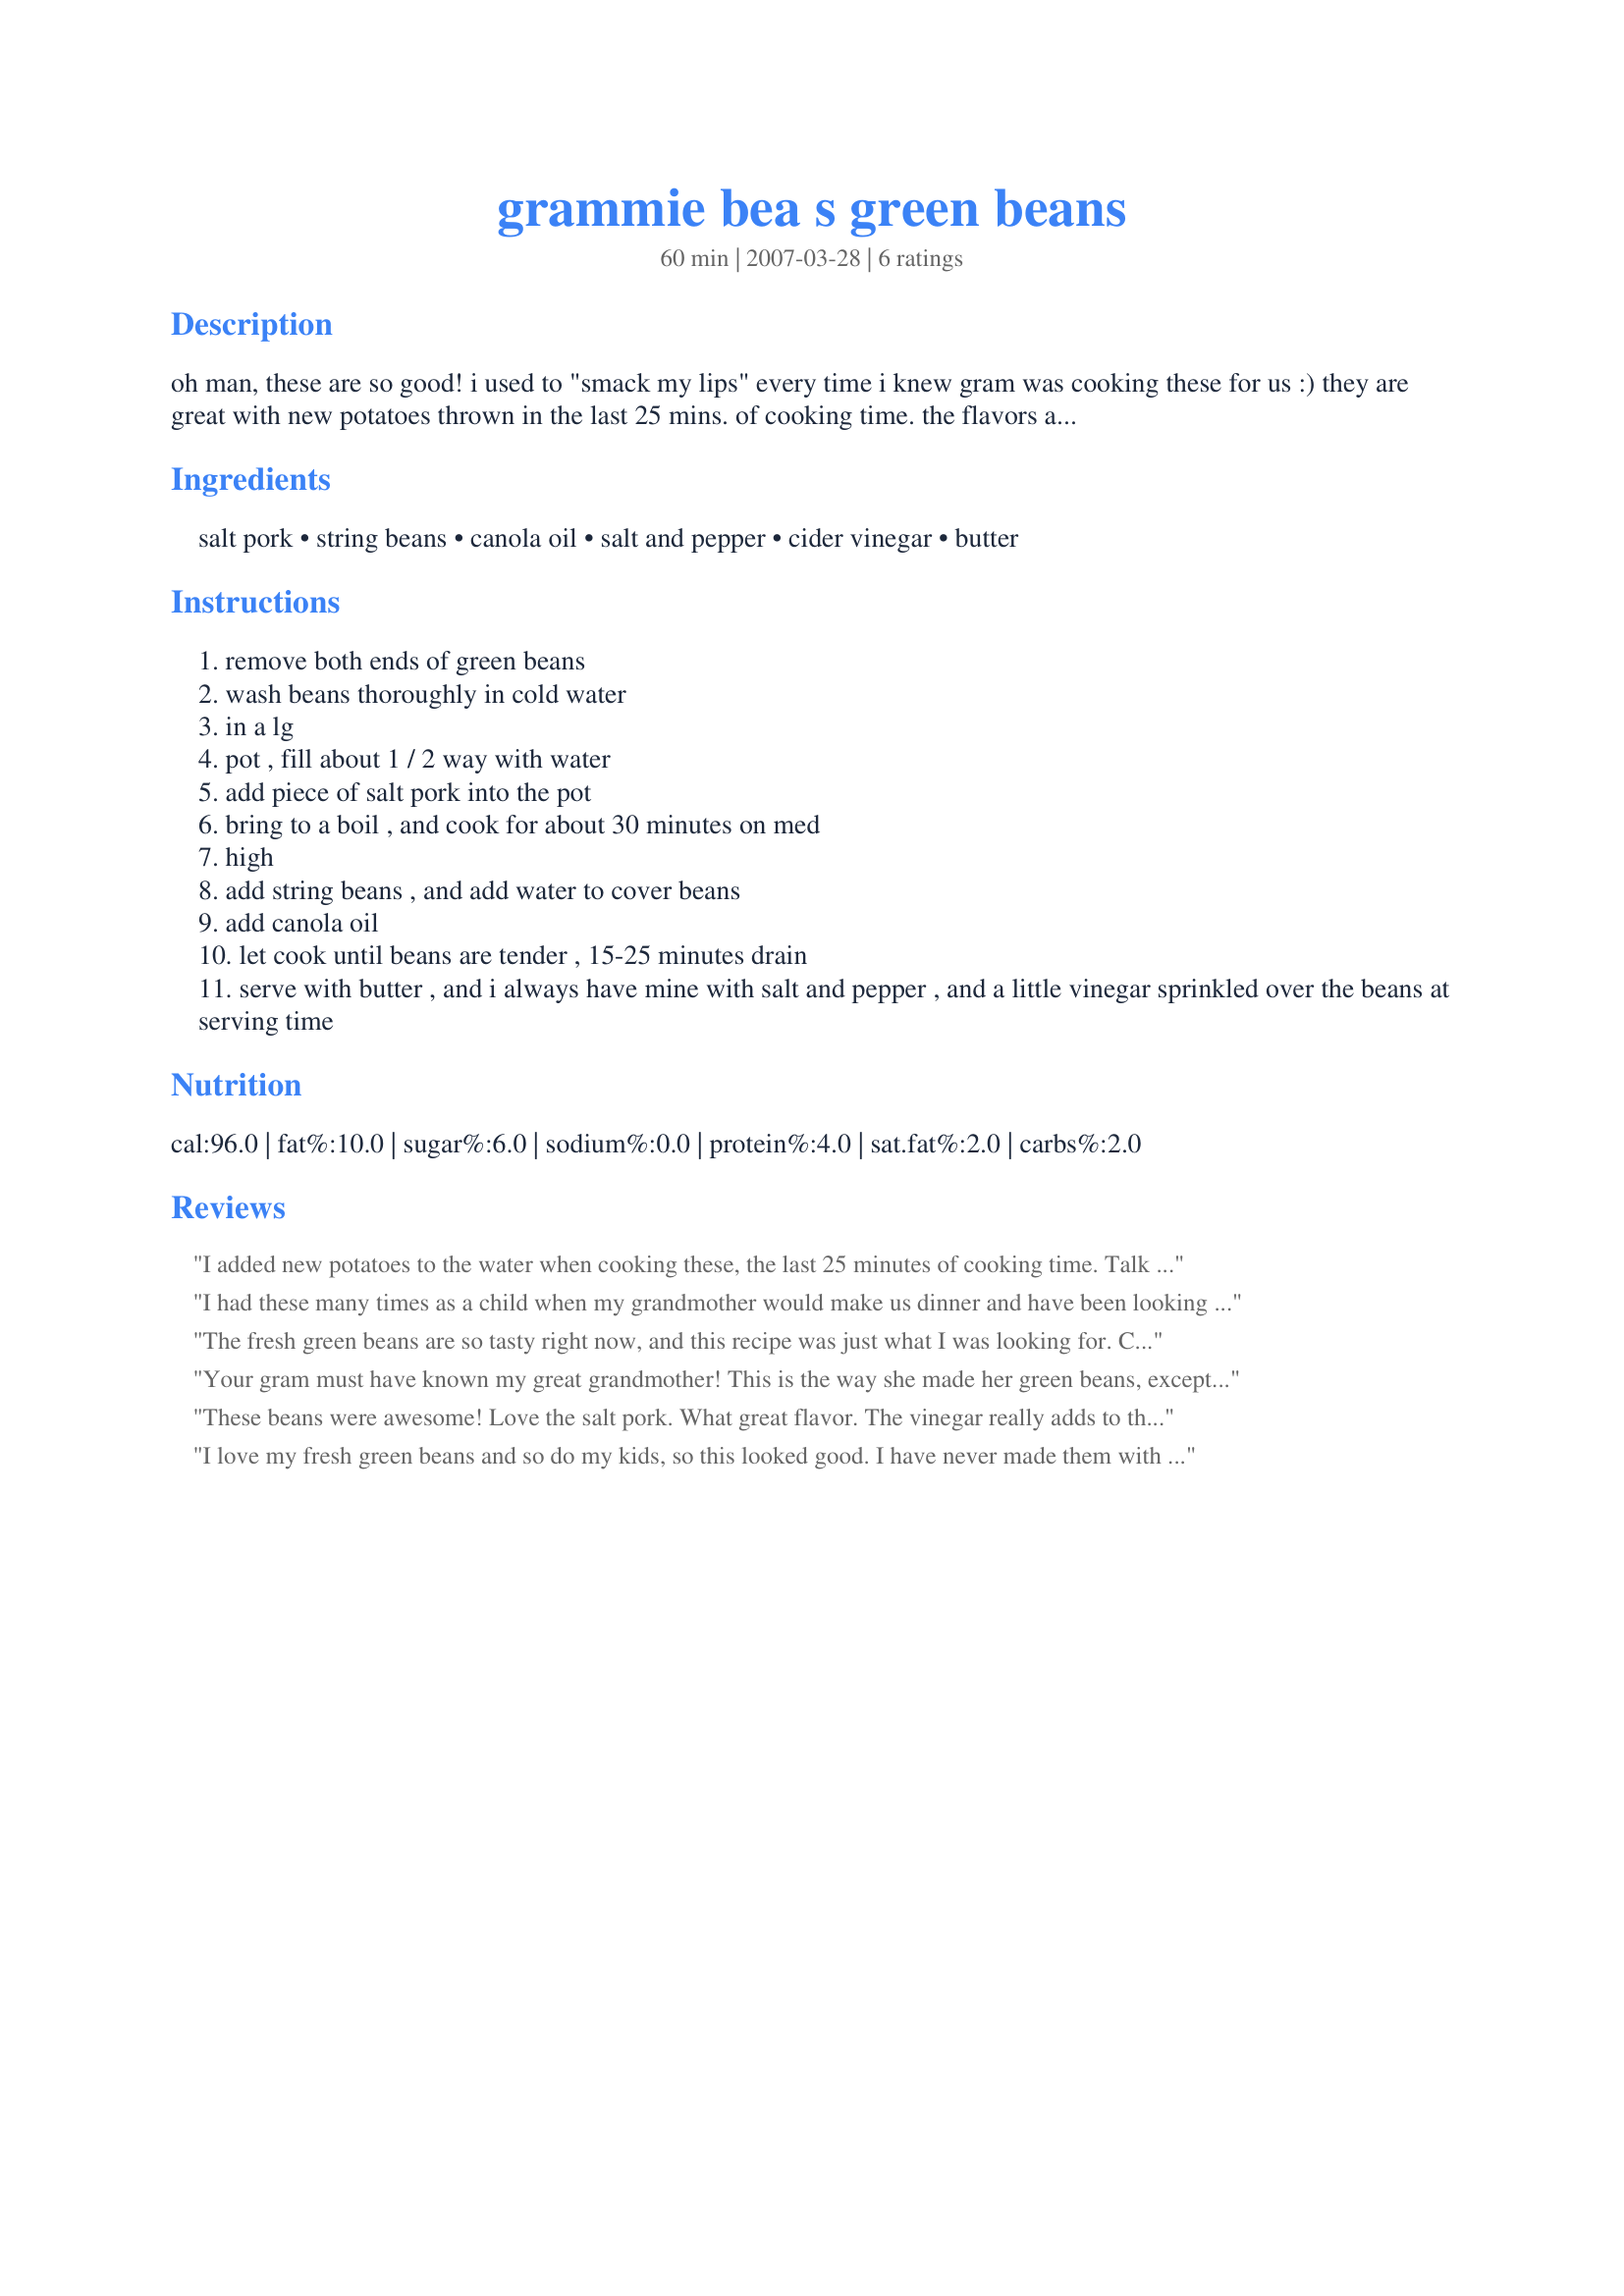
grammie bea s green beans
Preparation time: 60 minutes

oh man, these are so good! i used to "smack my lips" every time i knew gram was cooking these for us :) they are great with new potatoes thrown in the last 25 mins. of cooking time. the flavors are great..doesn't get any better than this!

Ingredients:
salt pork, string beans, canola oil, salt and pepper, cider vinegar, butter

Steps:
remove both ends of green beans
wash beans thoroughly in cold water
in a lg
pot , fill about 1 / 2 way with water
add piece of salt pork into the pot
bring to a boil , and cook for about 30 minutes on med
high
add string beans , and add water to cover beans
add canola oil
let cook until beans are tender , 15-25 minutes drain
serve with butter , and i always have mine with salt and pepper , and a little vinegar sprinkled over the beans at serving time

Reviews:
I added new potatoes to the water when cooking these, the last 25 minutes of cooking time. Talk about flavored green beans and taters, these were a nice addition to our baked chicken dinner! They are so good when you use fresh veggies right out of the garden, which is what I did. The salt pork flavored the beans and taters and they were so good we ate them all at one sitting and there was only 2 of us! DW says I can make them for her anytime. Thank you for this one Linda! Tony
I had these many times as a child when my grandmother would make us dinner and have been looking for this recipe for years! The beans came out wonderfully flavored and so tender! They went great with our Meatloaf dinner, and now that I found this recipe I will be making them every chance I get! We loved the addition of the vinegar. Just plain yummy! DH had 3 servings, grinning at me each time too! Next time I might put in some potatoes and cook them in with the green beans. OK, now I am licking my chops! Thank you!
The fresh green beans are so tasty right now, and this recipe was just what I was looking for. Comforting and delicious, this was a real hit with the whole bunch! We loved them so much! Flavor was great! Thanks!
Your gram must have known my great grandmother! This is the way she made her green beans, except she didn't use just cider vinegar. We sprinkled the vinegar from homemade pepper sauce on ours! And when we were kids, we would mash the potatoes up with a fork and pour the "pot likker" over it to enjoy the wonderful juice. Thanks for posting your recipe! Brought back great memories! Made for Gimme 5 Tag Game.
These beans were awesome! Love the salt pork. What great flavor. The vinegar really adds to them too along with the butter. These will be eaten often this way here. We loved this recipe!
I love my fresh green beans and so do my kids, so this looked good. I have never made them with the salt pork, so I took a trip to the store and bought a nice chunk. I have to say, they are even better than my traditional recipe using a ham bone. The salt pork gives it more flavor, and with the addition of the cider vinegar, they were so darn good, I kept going back to the pot for more! I had some good looking new potatoes, so I threw them in too, and we had with baked ham. I might even try adding in some greens to go with this next time. Collards or kale, I'm thinking. What a meal! Y'all gotta try these!
